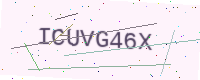
Text: ICUVG46X